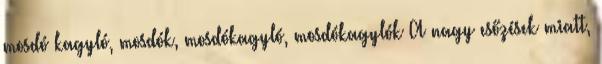
mosdó kagyló, mosdók, mosdókagyló, mosdókagylók A nagy esőzések miatt,